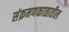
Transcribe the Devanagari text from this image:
संक्रमणकाळातील